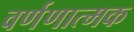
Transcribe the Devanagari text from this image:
वर्णणात्मक